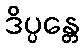
ဒိပ္ပန္တေ